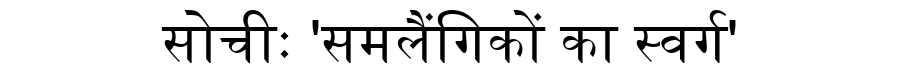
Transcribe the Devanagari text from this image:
सोचीः 'समलैंगिकों का स्वर्ग'